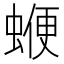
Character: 𧍲